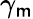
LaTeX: \gamma_{\mathsf{m}}